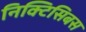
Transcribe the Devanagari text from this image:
निक्टिसिबस